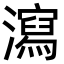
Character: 瀉